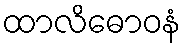
ထာလိဓောဝနံ